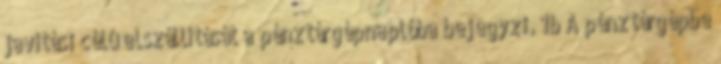
javítási célú elszállítását a pénztárgépnaplóba bejegyzi. 1b A pénztárgépbe